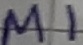
Text: M1